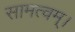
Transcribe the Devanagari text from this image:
सामत्वम्‌।